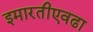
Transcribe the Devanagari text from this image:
इमारतीएवढा